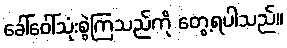
ခေါ်ဝေါ်သုံးစွဲကြသည်ကို တွေ့ရပါသည်။